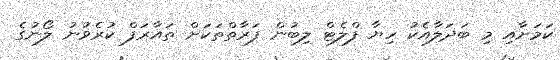
ކަމަށާއި މި ބަދަލާއެކު ހިޔާ ފްލެޓް ލިބުން ފަރާތްތަކަށް ތައާރަފް ކުރެވުނު ލޯނުގެ